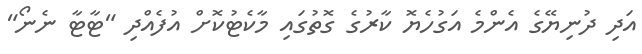
އަދި ދުނިޔޭގެ އެންމެ އަގުހެޔޮ ކާރުގެ ގޮތުގައި މާކެޓުކޮށް އުފެއްދި "ޓާޓާ ނެނޯ"